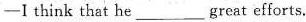
—I think that he ___great efforts.